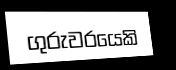
ගුරුවරයෙකි